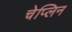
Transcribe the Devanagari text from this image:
चेप्लिन